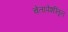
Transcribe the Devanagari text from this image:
चेतापेशींतून